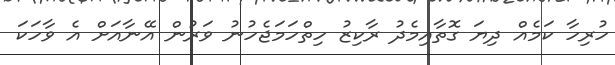
ހުރިހާ ކަމެއް ދިޔަ ގޮތާއިމެދު ރާކިޒު ހިތްހަމަޖެހުނު ވަރުން އޭނާއަށް އެ ވާހަކަ